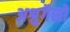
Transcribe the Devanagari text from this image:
अश्रुगैसों